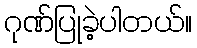
ဂုဏ်ပြုခဲ့ပါတယ်။